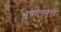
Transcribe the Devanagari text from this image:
भूपालपुरा